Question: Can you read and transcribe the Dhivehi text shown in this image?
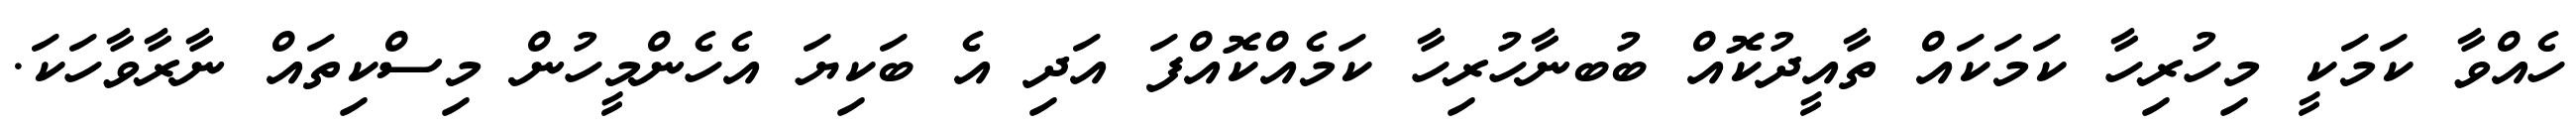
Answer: ހެއްވާ ކަމަކީ މިހުރިހާ ކަމަކައް ތާއީދުކޮއް ބުބނާހުރިހާ ކަމެއްކޮއްފަ އަދި އެ ބަކިޔަ އެހެންމީހުން މިސްކިތައް ނާރާވާހަކަ.